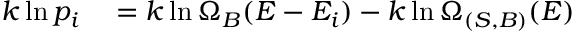
\begin{array} { r l } { k \ln p _ { i } } & { { } = k \ln \Omega _ { B } ( E - E _ { i } ) - k \ln \Omega _ { ( S , B ) } ( E ) } \end{array}